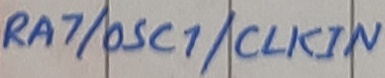
Text: RA7/OSC1/CLKIN